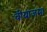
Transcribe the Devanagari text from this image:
वीयाजमा